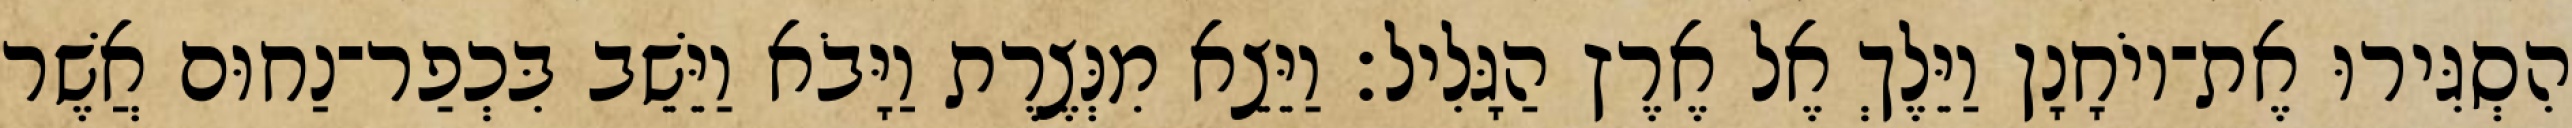
הִסְגִּירוּ אֶת־יוֹחָנָן וַיֵּלֶךְ אֶל אֶרֶץ הַגָּלִיל׃ וַיֵּצֵא מִנְּצֶרֶת וַיָּבֹא וַיֵּשֵׁב בִּכְפַר־נַחוּם אֲשֶׁר